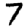
Digit: 7